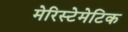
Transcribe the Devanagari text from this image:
मेरिस्टेमेटिक